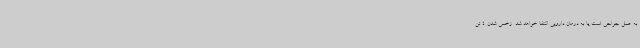
به عمل جراحی است یا به درمان دارویی اکتفا خواهد شد. زخمی شدن 4 تن